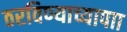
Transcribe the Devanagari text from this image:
ठरविण्याच्यापाा